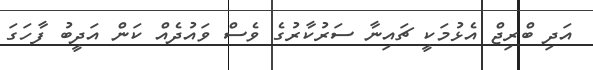
އަދި ބްރިޖް އެޅުމަކީ ޗައިނާ ސަރުކާރުގެ ވެސް ވައުދެއް ކަން އަދީބު ފާހަގަ